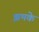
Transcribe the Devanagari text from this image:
झमके